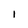
Character: I